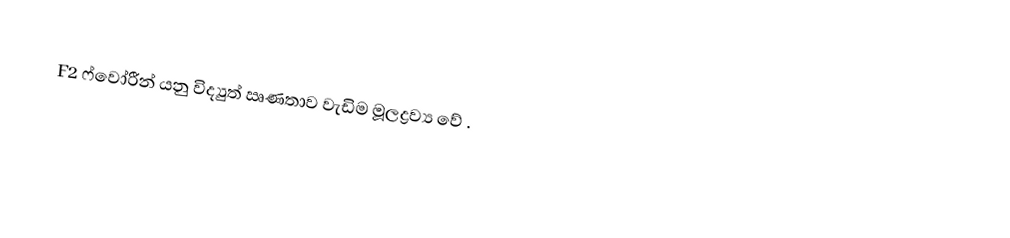
F2 ෆ්වෝරීන්  යනු විද්‍යුත් ඍණතාව වැඩිම මූලද්‍රව්‍ය වේ .